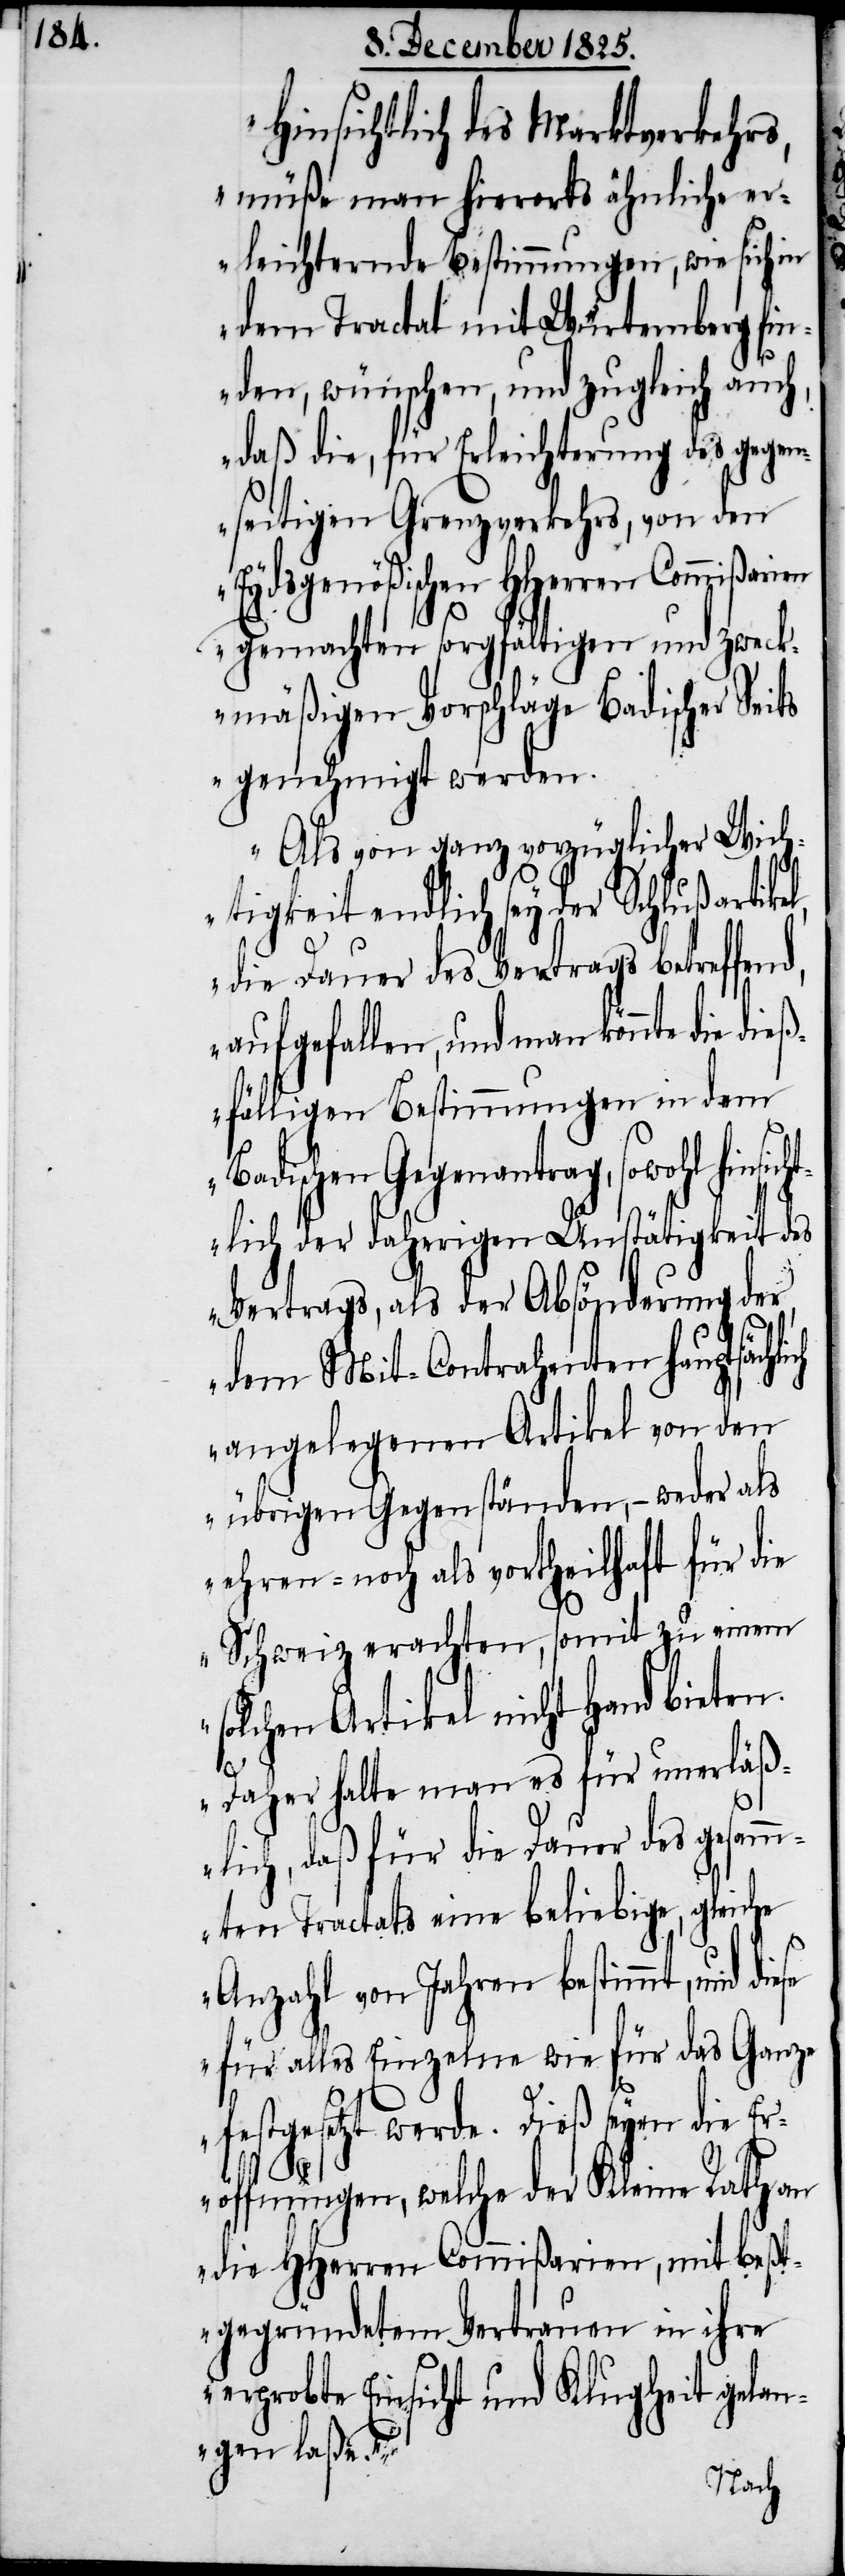
Hinsichtlich des Marktverkehrs,
müße man hierorts ähnliche er¬
leichternde Bestimmungen, wie sich in
dem Tractat mit Würtemberg fin¬
den, wünschen, und zugleich au¬
daß die, für Erleichterung des gegen¬
seitigen Grenzverkehrs, von den
Eydsgenößischen HHerren Commißarien
gemachten sorgfältigen und zweck¬
mäßigen Vorschläge Badischer Seits
genehmigt werden.
Als von ganz vorzüglicher Wich¬
tigkeit endlich sey der Schlußartike¬
die Dauer des Vertrags betreffend,
aufgefallen, und man könnte die
fälligen Bestimmungen in dem
Badischen Gegenantrag, sowohl hinsi¬
tlich der daherigen Unstätigkeit des
Vertrags, als der Absönderung der
dem Mit-Contrahenten hauptsäch¬
angelegenen Artikel von den
übrigen Gegenständen, – weder als
ehren- noch als vortheilhaft für die
Schweiz erachten, somit zu einem
solchen Artikel nicht Hand bieten.
ese
Daher halte man es für unerläß¬
lich, daß für die Dauer des gesamm¬
ten Tractats eine beliebige, gleiche
Anzahl von Jahren bestimmt, und di¬
für alles einzelne wie für das Ganze
ch¬
festgesetzt werde. Dieß seyen die Er¬
dieß¬
öffnungen, welche der kleine Rath von
die HHerren Commißarien, mit beßt¬
gegründetem Vertrauen in ihre
erprobte Einsicht und Klugheit gelan¬
gen laße.“
lich